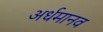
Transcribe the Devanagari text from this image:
अर्धमानव